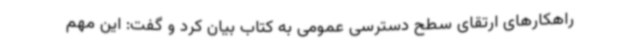
راهکارهای ارتقای سطح دسترسی عمومی به کتاب بیان کرد و گفت: این مهم